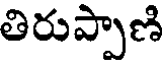
తిరుప్పాణి